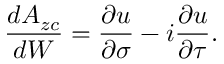
\frac { d A _ { z c } } { d W } = \frac { \partial u } { \partial \sigma } - i \frac { \partial u } { \partial \tau } .